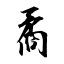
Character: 矞